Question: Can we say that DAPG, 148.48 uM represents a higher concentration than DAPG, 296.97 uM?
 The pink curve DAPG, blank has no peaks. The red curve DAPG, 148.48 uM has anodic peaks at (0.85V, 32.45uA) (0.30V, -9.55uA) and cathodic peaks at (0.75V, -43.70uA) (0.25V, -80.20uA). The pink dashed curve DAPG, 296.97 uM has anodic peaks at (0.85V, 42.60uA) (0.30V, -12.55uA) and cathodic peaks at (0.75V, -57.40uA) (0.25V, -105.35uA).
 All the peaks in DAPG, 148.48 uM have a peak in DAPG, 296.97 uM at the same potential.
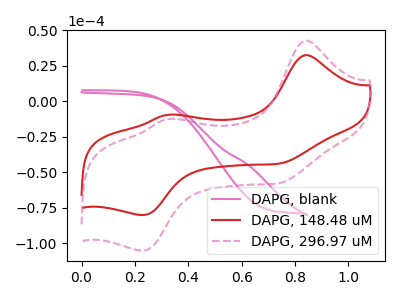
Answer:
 <answer>I cant tell if "DAPG, 148.48 uM" or "DAPG, 296.97 uM" has higher concentration.</answer>
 <eval>mixed_concentration</eval>